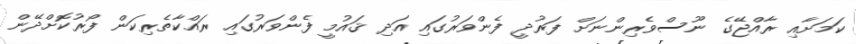
ކަމަށާއި ރާއްޖޭގެ ނޫސްވެރިންނަށް ފަރުދީ ފެންވަރުގައި އަދި ޤައުމީ ފެންވަރުގައި ރައްކާތެރިކަން ފޯރުކޮށްދޭން